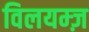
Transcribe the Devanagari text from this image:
विलयम्ज़